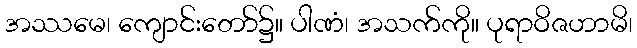
အဿမေ၊ ကျောင်းတော်၌။ ပါဏံ၊ အသက်ကို။ ပုရာဝိဇဟာမိ၊